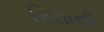
રિચાનો